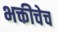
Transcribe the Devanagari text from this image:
भक्तीचेच